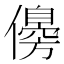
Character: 𠐈